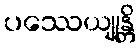
ပဿေယျုန္တိ